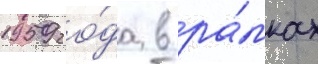
1959 го́да в ра́мках